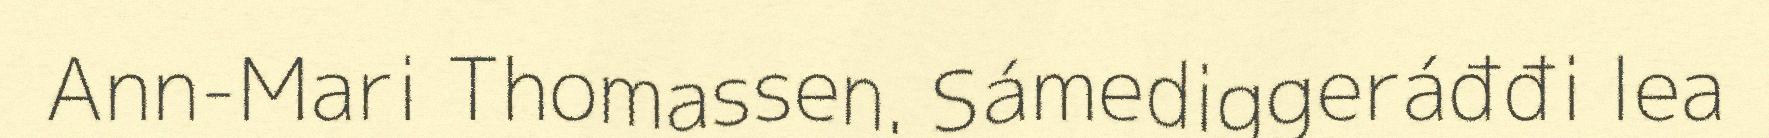
Ann-Mari Thomassen. Sámediggeráđđi lea